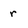
Character: r